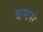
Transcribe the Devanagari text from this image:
बमसे